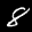
Label: 8